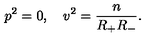
p ^ { 2 } = 0 , \quad v ^ { 2 } = \frac n { R _ { + } R _ { - } } .